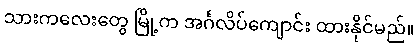
သားကလေးတွေ မြို့က အင်္ဂလိပ်ကျောင်း ထားနိုင်မည်။